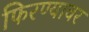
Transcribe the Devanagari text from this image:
फिरण्यावर